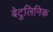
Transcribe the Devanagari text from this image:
बेटुलिनिक